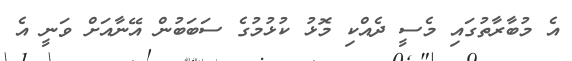
އެ މުބާރާތުގައި މެސީ ދެއްކި މޮޅު ކުޅުމުގެ ސަބަބުން އޭނާއަށް ވަނީ އެ